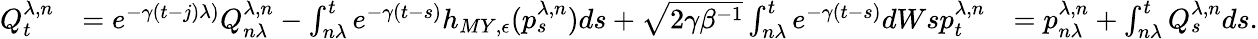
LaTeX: \begin{array}{rlr}{Q_{t}^{\lambda,n}}&{=e^{-\gamma(t-j)\lambda)}Q_{n\lambda}^{\lambda,n}-\int_{n\lambda}^{t}e^{-\gamma(t-s)}h_{MY,\epsilon}(p_{s}^{\lambda,n})ds+\sqrt{2\gamma\beta^{-1}}\int_{n\lambda}^{t}e^{-\gamma(t-s)}dWsp_{t}^{\lambda,n}}&{=p_{n\lambda}^{\lambda,n}+\int_{n\lambda}^{t}Q_{s}^{\lambda,n}ds.}\end{array}